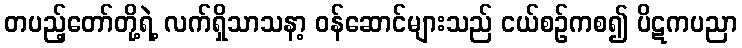
တပည့်တော်တို့ရဲ့ လက်ရှိသာသနာ့ ဝန်ဆောင်များသည် ငယ်စဉ်ကစ၍ ပိဋကပညာ